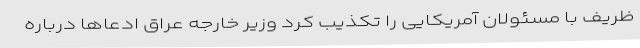
ظریف با مسئولان آمریکایی را تکذیب کرد وزیر خارجه عراق ادعاها درباره